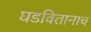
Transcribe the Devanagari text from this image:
घडवितानाच